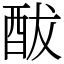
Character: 䣮